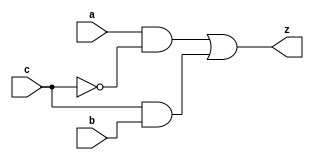
module yMux1(z, a, b, c);
	output z;
	input a, b, c;
	wire notC, upper, lower;
	not my_not(notC, c);
	and upperAnd(upper, a, notC);
	and lowerAnd(lower, c, b);
	or my_or(z, upper, lower);
endmodule

module yMux(z, a, b, c);
    parameter SIZE = 2;
    output [SIZE-1:0] z;
    input [SIZE-1:0] a, b;
    input c;
    yMux1 mine[SIZE-1:0](z, a, b, c);
endmodule

module yMux4to1(z, a0, a1, a2, a3, c);
      parameter SIZE = 2;
      output [SIZE-1:0] z;
      input [SIZE-1:0] a0, a1, a2, a3;
      input [1:0] c;
      wire [SIZE-1:0] zLo, zHi;
      yMux #(SIZE) lo(zLo, a0, a1, c[0]);
      yMux #(SIZE) hi(zHi, a2, a3, c[0]);
      yMux #(SIZE) final(z, zLo, zHi, c[1]);
endmodule